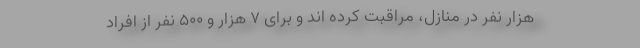
هزار نفر در منازل، مراقبت کرده اند و برای ۷ هزار و ۵۰۰ نفر از افراد